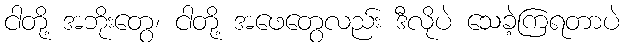
ငါတို့ အဘိုးတွေ၊ ငါတို့ အဖေတွေလည်း ဒီလိုပဲ သေခဲ့ကြရတာပဲ